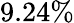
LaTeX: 9.24\%